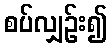
စပ်လျှဉ်း၍